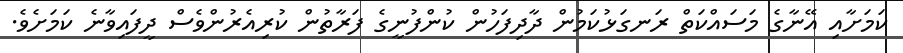
ކަމަށާއި އޭނާގެ މަސައްކަތް ރަނގަޅުކަމުން ދާދިފަހުން ކުންފުނީގެ ފަރާތުން ކުރިއެރުންވެސް ދީފައިވާނެ ކަމަށެވެ.